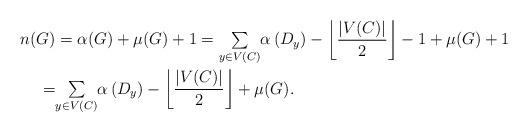
LaTeX: \begin{align*}n(G) & =\alpha(G)+\mu(G)+1={\textstyle\sum\limits_{y\in V(C)}^{{}}}\alpha\left( D_{y}\right) -\left\lfloor \frac{\left\vert V(C)\right\vert}{2}\right\rfloor -1+\mu(G)+1\\= &{\textstyle\sum\limits_{y\in V(C)}^{{}}}\alpha\left( D_{y}\right) -\left\lfloor \frac{\left\vert V(C)\right\vert}{2}\right\rfloor +\mu(G).\end{align*}